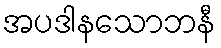
အပဒါနသောဘနီ